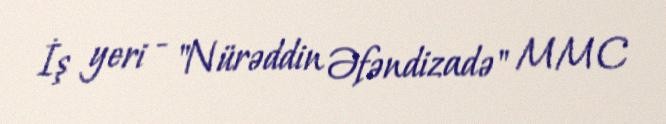
İş yeri - "Nürəddin Əfəndizadə" MMC